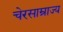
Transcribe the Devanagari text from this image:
चेरसाम्राज्य